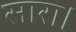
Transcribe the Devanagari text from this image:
सारा।